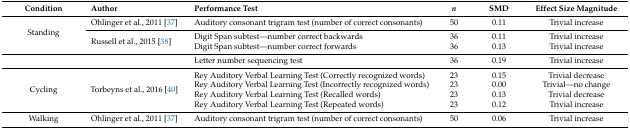
<table><thead><tr><td><b>Condition</b></td><td><b>Author</b></td><td><b>Performance Test</b></td><td><b><i>n</i></b></td><td><b>SMD</b></td><td><b>Effect Size Magnitude</b></td></tr></thead><tbody><tr><td rowspan="3">Standing</td><td>Ohlinger et al., 2011 [37]</td><td>Auditory consonant trigram test (number of correct consonants)</td><td>50</td><td>0.11</td><td>Trivial increase</td></tr><tr><td rowspan="2">Russell et al., 2015 [38]</td><td>Digit Span subtest—number correct backwards</td><td>36</td><td>0.11</td><td>Trivial increase</td></tr><tr><td>Digit Span subtest—number correct forwards</td><td>36</td><td>0.13</td><td>Trivial increase</td></tr><tr><td></td><td></td><td>Letter number sequencing test</td><td>36</td><td>0.19</td><td>Trivial increase</td></tr><tr><td rowspan="4">Cycling</td><td rowspan="4">Torbeyns et al., 2016 [40]</td><td>Rey Auditory Verbal Learning Test (Correctly recognized words)</td><td>23</td><td>0.15</td><td>Trivial decrease</td></tr><tr><td>Rey Auditory Verbal Learning Test (Incorrectly recognized words)</td><td>23</td><td>0.00</td><td>Trivial—no change</td></tr><tr><td>Rey Auditory Verbal Learning Test (Recalled words)</td><td>23</td><td>0.13</td><td>Trivial decrease</td></tr><tr><td>Rey Auditory Verbal Learning Test (Repeated words)</td><td>23</td><td>0.12</td><td>Trivial increase</td></tr><tr><td>Walking</td><td>Ohlinger et al., 2011 [37]</td><td>Auditory consonant trigram test (number of correct consonants)</td><td>50</td><td>0.06</td><td>Trivial increase</td></tr></tbody></table>